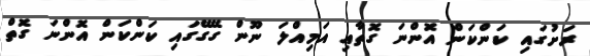
ރަށުގައި ކަންކަން އޮންނަ ގޮތާއި އަމިއްލަ ނޫން ގޭގޭގައި ކަންކަން އޮންނަ ގޮތް